Report of the King Institute of Preventive Medicine, Guindy
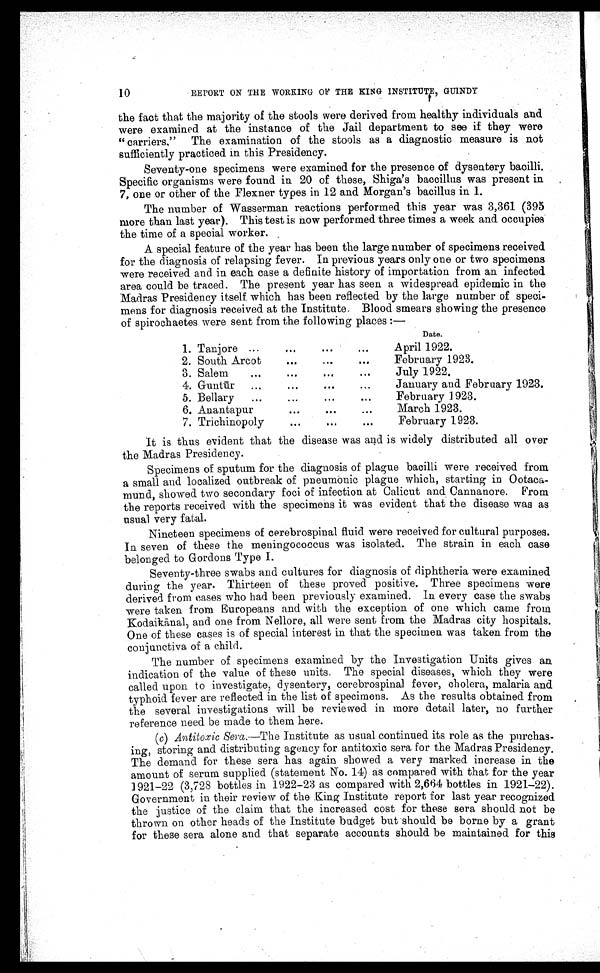
10
REPORT ON THE WORKING OF THE KING INSTITUTE, GRUINDY
the fact that the majority of the stools were derived from healthy individuals and.
were examined at the instance of the Jail department to see if they were
carriers." The examination of the stools as a diagnostic measure is not
sufficiently practiced in this Presidency.
Seventy-one specimens were examined for the presence of dysentery bacilli.
Specific organisms were found in 20 of these, Shiga's baccillus was present in
7, one or other of the Flexner types in 12 and Morgan's bacillus in 1.
The number of Wasserman reactions performed this year was 3,361 (395
more than last year). This test is now performed three times a week and occupies
the time of a special worker.
A special feature of the year has been the large number of specimens received
for the diagnosis of relapsing fever. In previous years only one or two specimens
were received and in each case a definite history of importation from an infected.
area could be traced. The present year has seen a widespread epidemic in the
Madras Presidency itself which has been reflected by the large number of speci-
mens for diagnosis received at the Institute. Blood smears showing the presence
of spirochaetes were sent from the following places :—
Date.
1. Tanjore ...
. . . .. .
. . .
April 1922.
2. South Arcot
...
...
. . .
February 1923.
3. Salem
•..
...
...
. . .
July 1922.
4. Guntūr ...
...
...
. . .
January and February 1923.
5. Bellary
...
...
...
. . .
February 1923.
6. Anantapur
...
.••
. . .
March 1923.
7. Trichinopoly
. . . ..•
..•
February 1923.
It is thus evident that the disease was and is widely distributed all over
the Madras Presidency.
Specimens of sputum for the diagnosis of plague bacilli were received from
a small and localized outbreak of pneumonic plague which, starting in Ootaca
-mund, showed two secondary foci of infection at Calicut and Cannanore. From
the reports received with the specimens it was evident that the disease was as
usual very fatal.
Nineteen specimens of cerebrospinal fluid were received for cultural purposes.
In seven of these the meningococcus was isolated. The strain in each case
belonged to Gordons Type I.
Seventy-three swabs and cultures for diagnosis of diphtheria were examined
during the year. Thirteen of these proved positive. Three specimens were
derived from cases who had been previously examined. In every case the swabs
were taken from Europeans and with the exception of one which came from
Kodaik ā nal, and one from Nellore, all were sent from the Madras city hospitals.
One of these cases is of special interest in that the specimen was taken from the
conjunctiva of a child.
The number of specimens examined by the Investigation Units gives an
indication of the value of these units. The special diseases, which they were
called upon to investigate, dysentery, cerebrospinal fever, cholera, malaria and
typhoid fever are reflected in the list of specimens. As the results obtained from
the several investigations will be reviewed in more detail later, no further
reference need be made to them here.
(c) Antitoxic Sera.—The Institute as usual continued its role as the purchas-
ing, storing and distributing agency for antitoxic sera for the Madras Presidency.
The demand for these sera has again showed a very marked increase in the
amount of serum supplied (statement No. 14) as compared with that for the year
1921-22 (3,728 bottles in 1922-23 as compared with 2,664 bottles in 1921-22).
Government in their review of the King Institute report for last year recognized
the justice of the claim that the increased cost for these sera should not be
thrown on other heads of the Institute budget but should be borne by a grant
for these sera alone and that separate accounts should be maintained for this